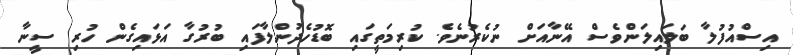
އިސްއުފުލާ ބަލައިލަންވެސް އޭނާއަށް ނުކެރުނެވެ. ކުރިމަތީގައި ބޮޑުހެދުންލާފައި ބުރުގާ އަޅައިގެން ހުރި ސީނާ